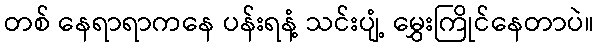
တစ် နေရာရာကနေ ပန်းရနံ့ သင်းပျံ့ မွှေးကြိုင်နေတာပဲ။